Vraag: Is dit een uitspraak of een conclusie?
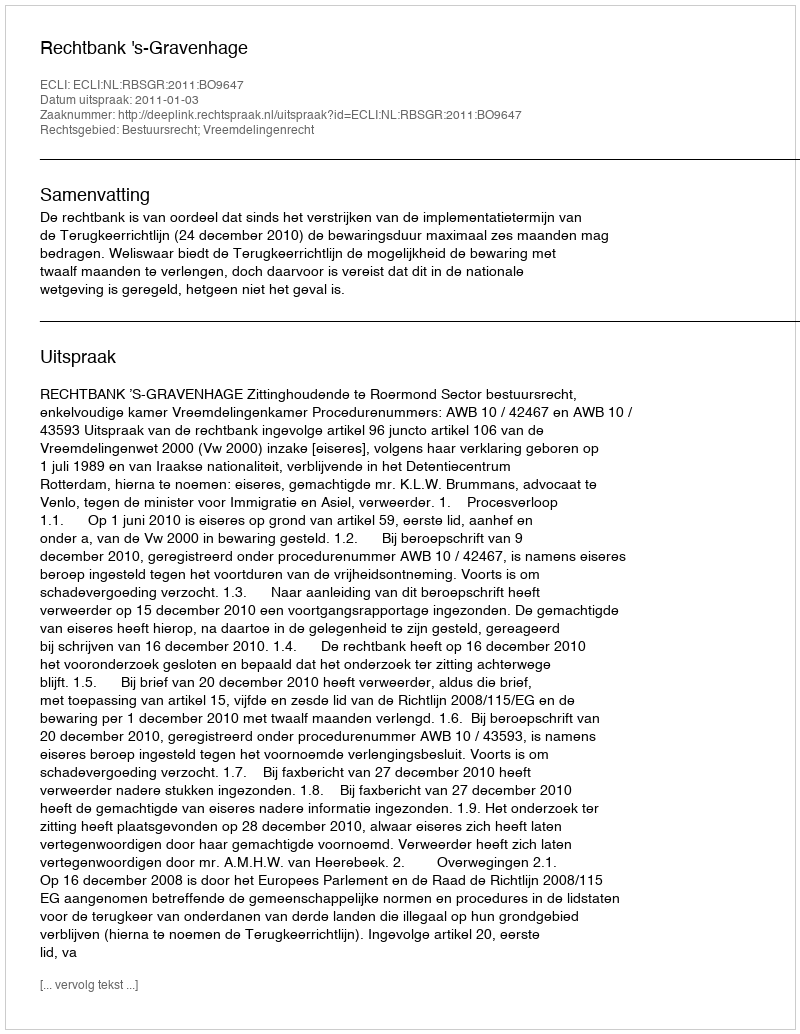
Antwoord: Uitspraak